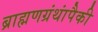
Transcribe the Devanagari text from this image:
ब्राह्मणग्रंथांपैकी